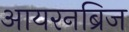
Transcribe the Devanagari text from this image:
आयरनब्रिज